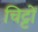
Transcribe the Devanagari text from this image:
चिट्टों